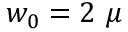
w _ { 0 } = 2 \mathrm { ~ } \mu